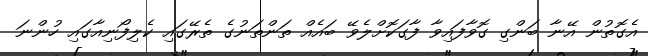
އެގޮތުން އޭނާ ބަންގި ގޮވާފައިވާ ފާގަކޮށްލެވޭ ބައެއް ތަންތަނުގެ ތެރޭގައި ކެލިފޯނިއާގައި ހުންނަ